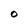
Character: O